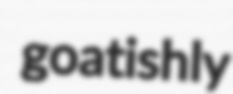
goatishly